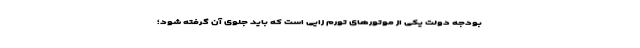
بودجه دولت یکی از موتورهای تورم زایی است که باید جلوی آن گرفته شود؛